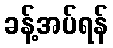
ခန့်အပ်ရန်